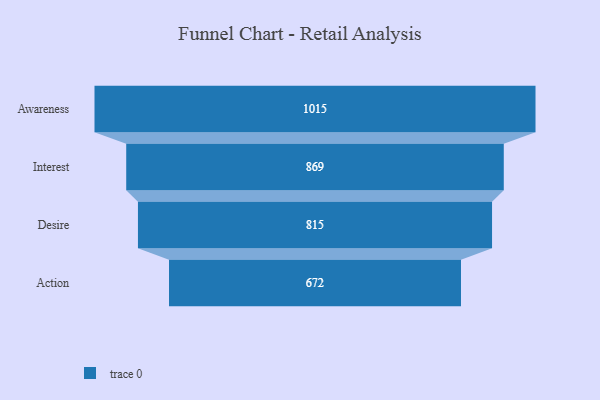
{"axis": {"x": "Stage", "y": "Value"}, "legend": [""], "data": [{"x": "Awareness", "y": 1015.0, "type": ""}, {"x": "Interest", "y": 869.0, "type": ""}, {"x": "Desire", "y": 815.0, "type": ""}, {"x": "Action", "y": 672.0, "type": ""}]}